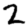
Digit: 2